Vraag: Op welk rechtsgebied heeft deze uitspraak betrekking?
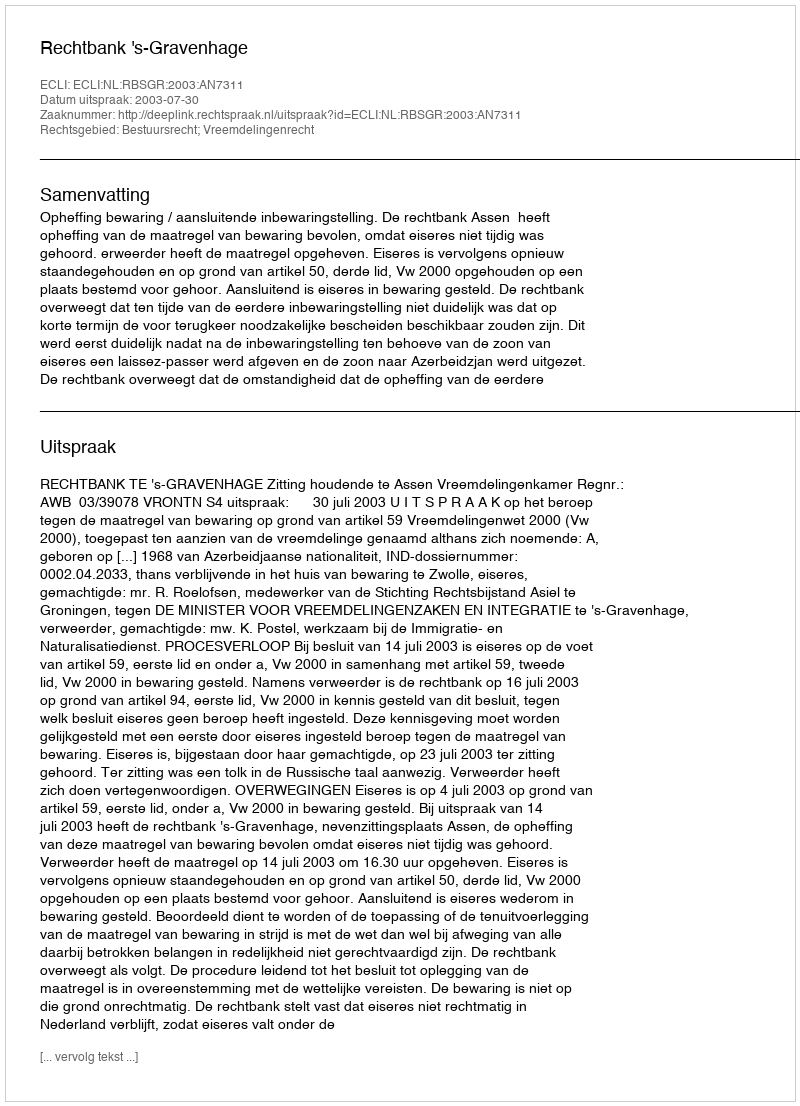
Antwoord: Bestuursrecht; Vreemdelingenrecht